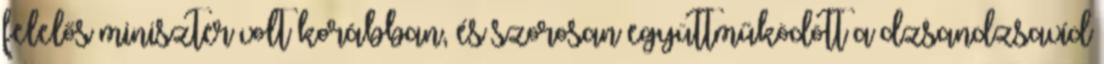
felelős miniszter volt korábban, és szorosan együttműködött a dzsandzsavíd